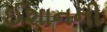
ઈશાનની